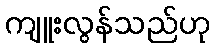
ကျူးလွန်သည်ဟု